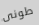
طونى